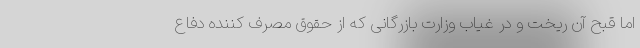
اما قبح آن ریخت و در غیاب وزارت بازرگانی که از حقوق مصرف کننده دفاع